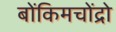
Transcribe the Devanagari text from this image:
बोंकिमचोंद्रो